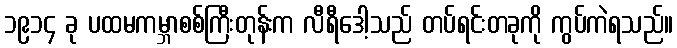
၁၉၁၄ ခု ပထမကမ္ဘာစစ်ကြီးတုန်းက လီရီဒေါ့သည် တပ်ရင်းတခုကို ကွပ်ကဲရသည်။